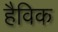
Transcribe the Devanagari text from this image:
हैविक